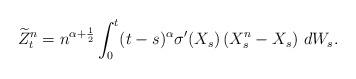
LaTeX: \begin{align*} \widetilde{Z}^n_t=n^{\alpha+\frac 12} \int^t_0 (t-s)^{\alpha} \sigma'(X_s)\left(X^n_{s}-X_{s}\right)\, dW_s. \end{align*}